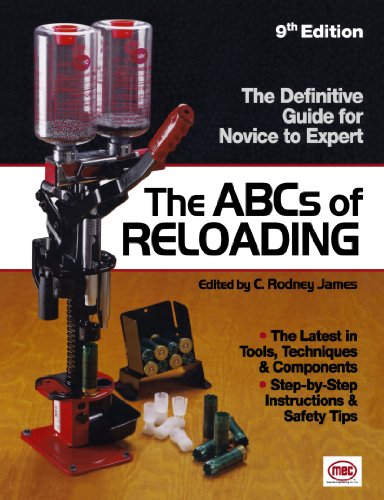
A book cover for The ABCs Of Reloading: The Definitive Guide for Novice to Expert; C. Rodney James; Sports & Outdoors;